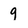
Character: g